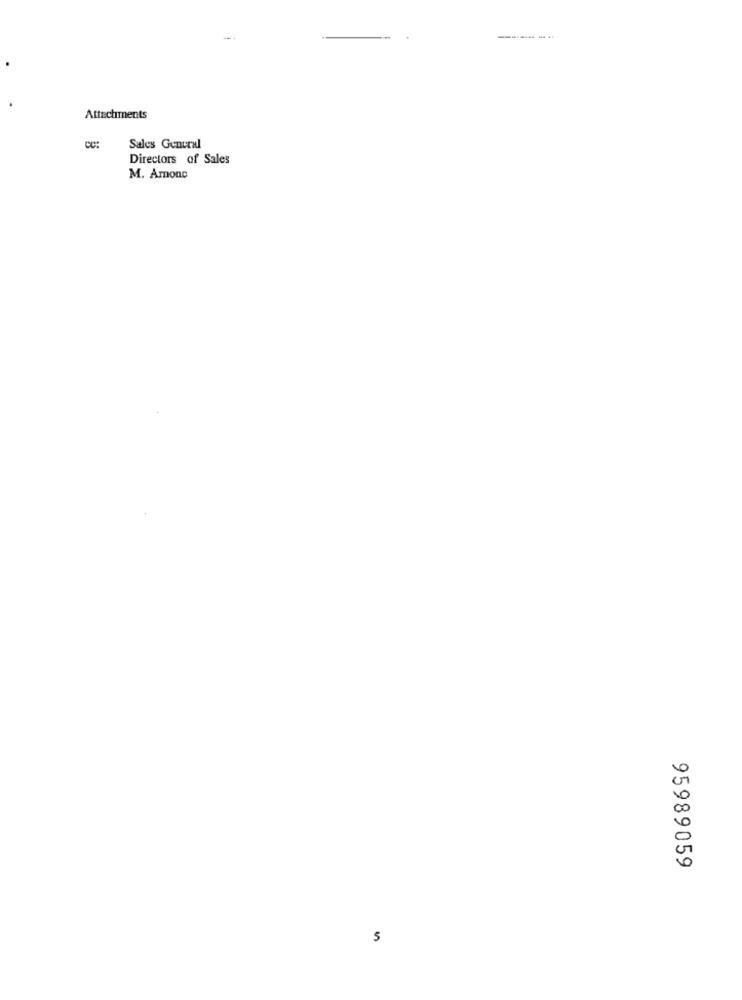
Attachments
Sales General
Directors of Sales
M. Amonc
95989059
5